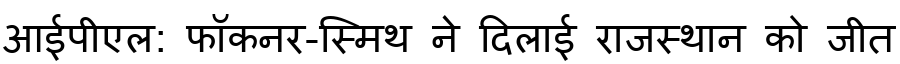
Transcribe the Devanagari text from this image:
आईपीएल: फॉकनर-स्मिथ ने दिलाई राजस्थान को जीत